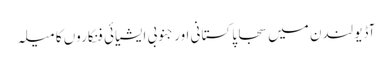
آڈیو لندن میں سجا پاکستانی اور جنوبی ایشیائی فنکاروں کا میلہ